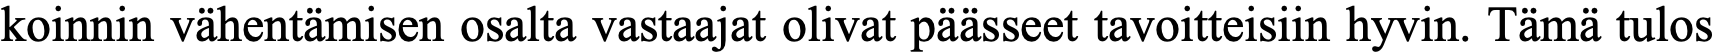
koinnin vähentämisen osalta vastaajat olivat päässeet tavoitteisiin hyvin. Tämä tulos